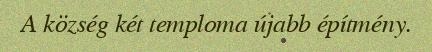
A község két temploma újabb építmény.